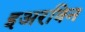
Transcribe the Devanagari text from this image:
इअरविन